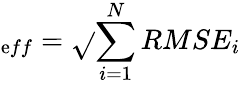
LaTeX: _{\mathrm{e}ff}=\sqrt{}{{\sum_{i=1}^{N}RMSE_{i}}}